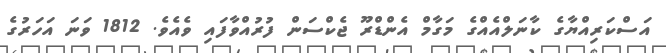
އަސްކަރިއްޔާގެ ކާނަލްއެއްގެ މަގާމް އެންޑްރޫ ޖެކްސަން ފުރުއްވާފައި ވެއެވެ. 1812 ވަނަ އަހަރުގެ